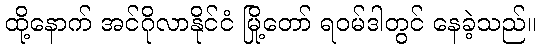
ထို့နောက် အင်ဂိုလာနိုင်ငံ မြို့တော် ရဝမ်ဒါတွင် နေခဲ့သည်။